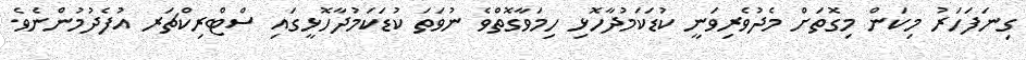
ގިނަފަހަރު މިކަން މިގޮތަށް މެދުވެރިވަނީ ކުޑަކަމުދާހޮޅި ހިމަވާގޮތްވެ ނުވަތަ ކުޑަކަމުދާހޮޅީގައި ސްޓްރިކްޗަރ އުފެދުމުންނެވެ.